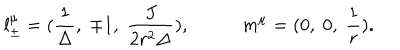
l _ { \pm } ^ { \mu } = ( \frac { 1 } { \Delta } , \; \mp 1 , \; \frac { J } { 2 r ^ { 2 } \Delta } ) , \; m ^ { \mu } = ( 0 , \; 0 , \; \frac { 1 } { r } ) .